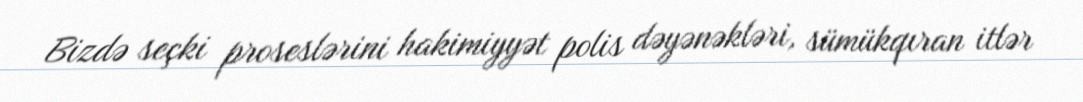
Bizdə seçki proseslərini hakimiyyət polis dəyənəkləri, sümükqıran itlər